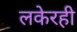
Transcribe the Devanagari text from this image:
लकेरही